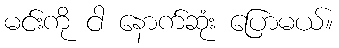
မင်းကို ငါ နောက်ဆုံး ပြောမယ်။